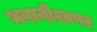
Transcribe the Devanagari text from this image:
भवानीश्वपर